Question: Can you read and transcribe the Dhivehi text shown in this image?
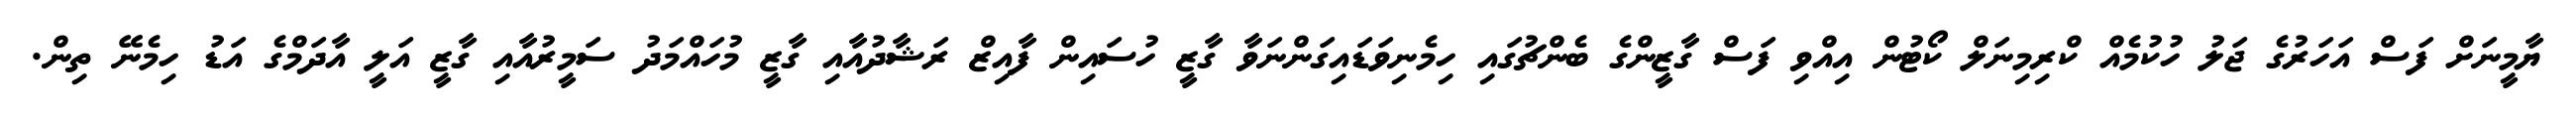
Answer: ޔާމީނަށް ފަސް އަހަރުގެ ޖަލު ހުކުމެއް ކްރިމިނަލް ކޯޓުން އިއްވި ފަސް ގާޒީންގެ ބެންޗުގައި ހިމެނިވަޑައިގަންނަވާ ގާޒީ ހުސައިން ފާއިޒް ރަޝާދުއާއި ގާޒީ މުހައްމަދު ސަމީރުއާއި ގާޒީ އަލީ އާދަމްގެ އަޑު ހިމެނޭ ތިން.